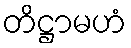
တိဋ္ဌာမဟံ